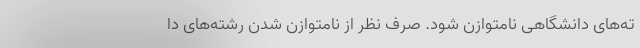
ته‌های دانشگاهی نامتوازن شود. صرف نظر از نامتوازن شدن رشته‌های دا